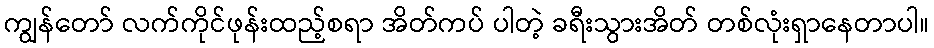
ကျွန်တော် လက်ကိုင်ဖုန်းထည့်စရာ အိတ်ကပ် ပါတဲ့ ခရီးသွားအိတ် တစ်လုံးရှာနေတာပါ။